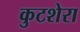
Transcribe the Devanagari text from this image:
कुटशेरा